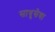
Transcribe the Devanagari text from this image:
साधुसेवा